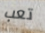
تعب